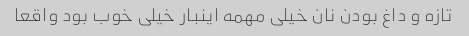
تازه و داغ بودن نان خیلی مهمه اینبار خیلی خوب بود واقعا